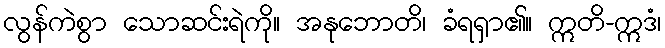
လွန်ကဲစွာ သောဆင်းရဲကို။ အနုဘောတိ၊ ခံရရှာ၏။ ဣတိ-ဣဒံ၊